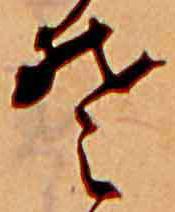
そ